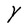
Character: y